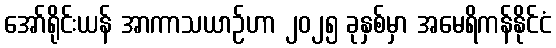
အော်ရိုင်းယန် အာကာသယာဉ်ဟာ ၂၀၂၅ ခုနှစ်မှာ အမေရိကန်နိုင်ငံ